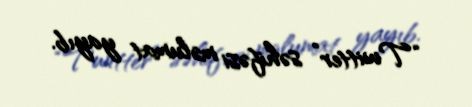
“Twitter” səhifəsi məlumat yayıb.